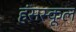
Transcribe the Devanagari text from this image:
हंसस्कूल